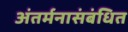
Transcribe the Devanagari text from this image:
अंतर्मनासंबंधित